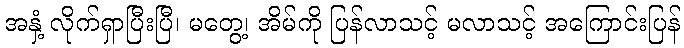
အနှံ့ လိုက်ရှာပြီးပြီ၊ မတွေ့၊ အိမ်ကို ပြန်လာသင့် မလာသင့် အကြောင်းပြန်